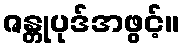
ဇန္တုပုဒ်အဖွင့်။